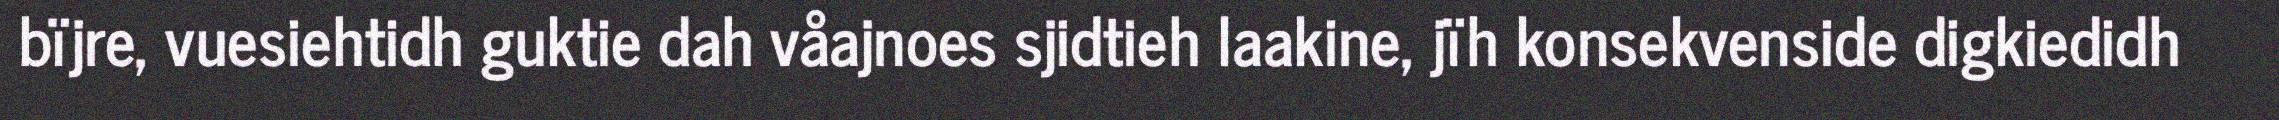
bïjre, vuesiehtidh guktie dah våajnoes sjidtieh laakine, jïh konsekvenside digkiedidh